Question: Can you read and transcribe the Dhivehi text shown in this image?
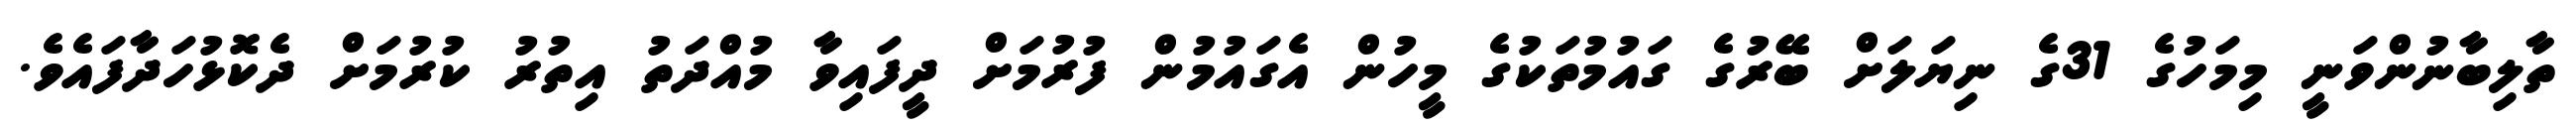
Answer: ތާލިބާނުންވަނީ މިމަހުގެ 31ގެ ނިޔަލަށް ބޭރުގެ ގައުމުތަކުގެ މީހުން އެގައުމުން ފުރުމަށް ދީފައިވާ މުއްދަތު އިތުރު ކުރުމަށް ދެކޮޅުހަދާފައެވެ.